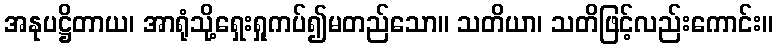
အနုပဋ္ဌိတာယ၊ အာရုံသို့ရှေးရှုကပ်၍မတည်သော။ သတိယာ၊ သတိဖြင့်လည်းကောင်း။